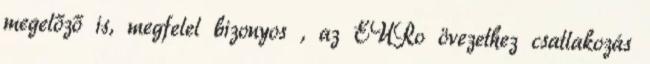
megelőző is, megfelel bizonyos , az EURo övezethez csatlakozás